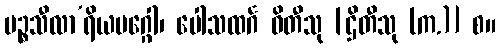
ပဉ္စသီလာ’ရိယမဂ္ဂေါ၊ ပေါသထင်္ဂ ဓိတီသု [ဌိတီသု (က.)] စ။